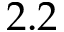
2 . 2